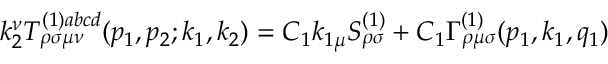
k _ { 2 } ^ { \nu } T _ { \rho \sigma \mu \nu } ^ { ( 1 ) a b c d } ( p _ { 1 } , p _ { 2 } ; k _ { 1 } , k _ { 2 } ) = C _ { 1 } k _ { 1 \mu } S _ { \rho \sigma } ^ { ( 1 ) } + C _ { 1 } \Gamma _ { \rho \mu \sigma } ^ { ( 1 ) } ( p _ { 1 } , k _ { 1 } , q _ { 1 } )